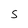
Character: S